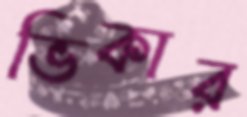
ভিকার